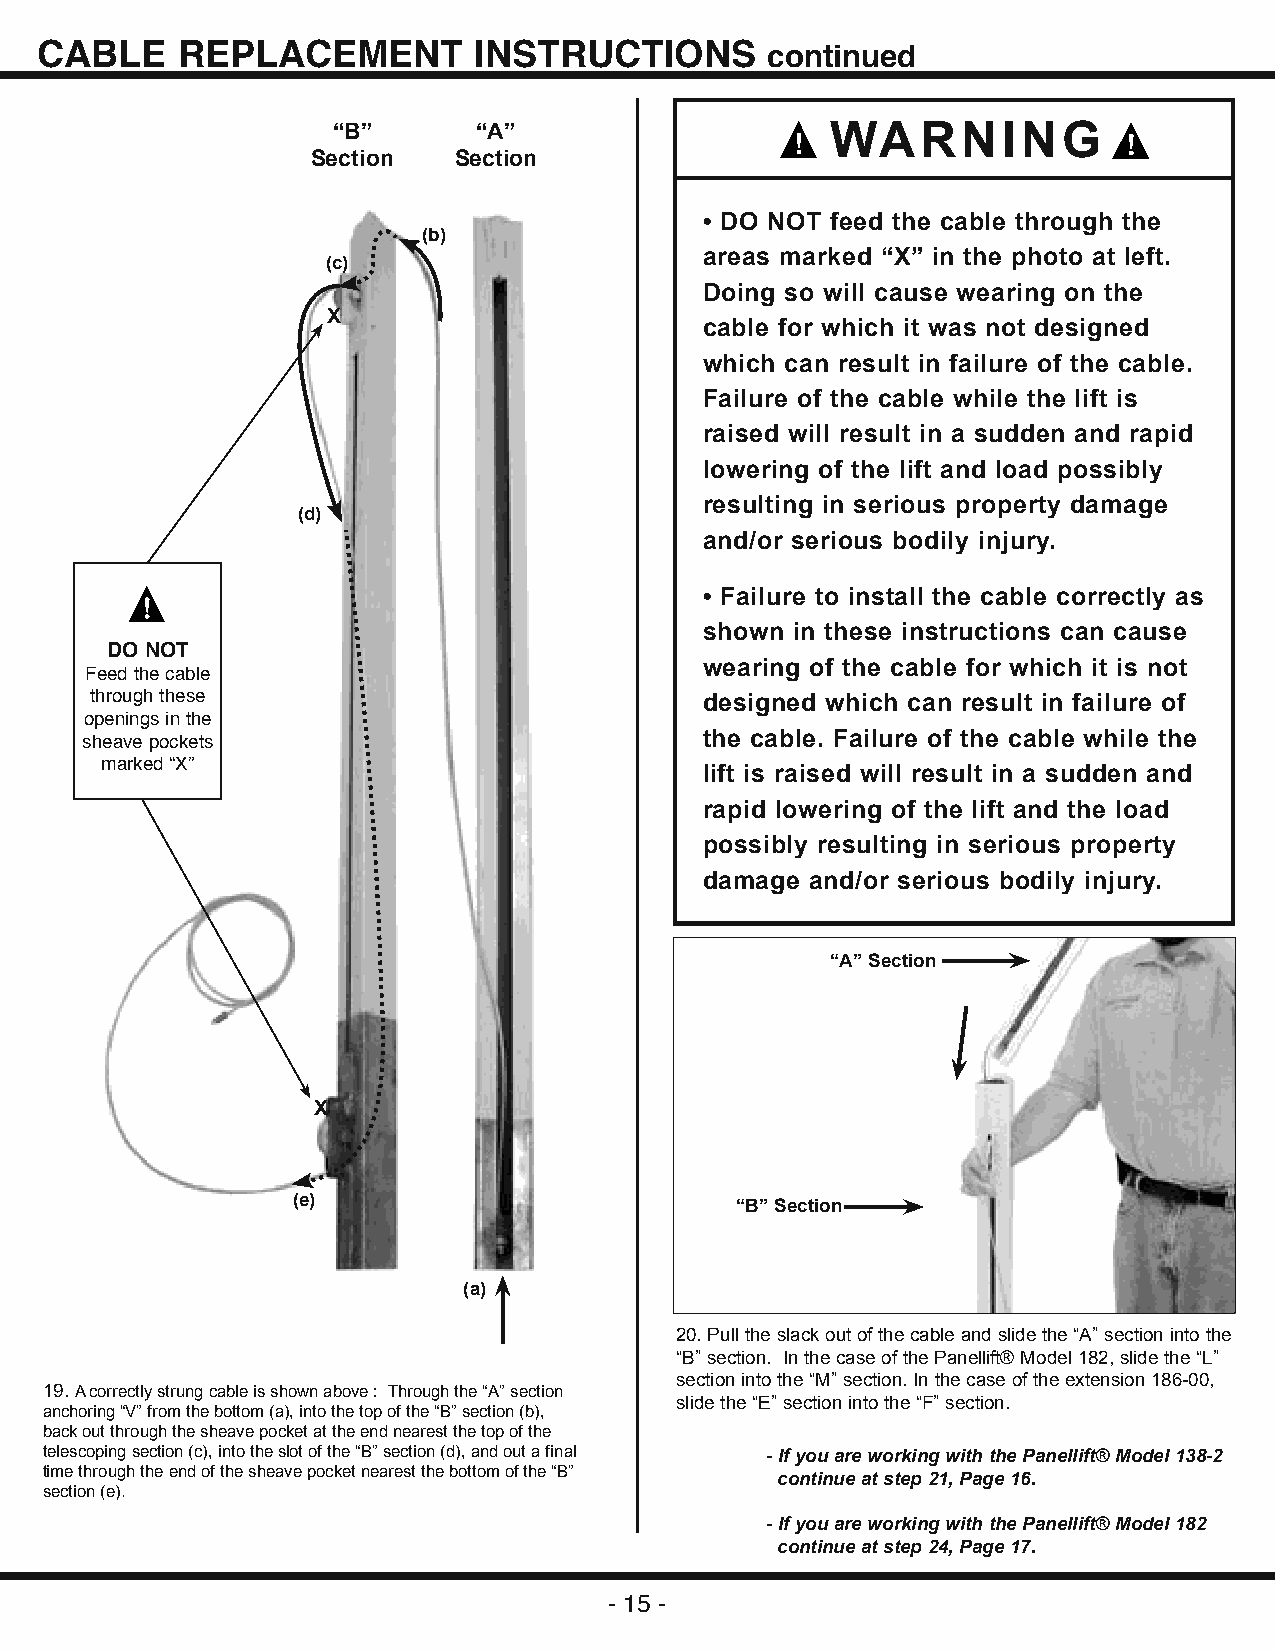
CABLE     REPLACEMENT        INSTRUCTIONS        continued
 “B”       “A”                    WARNING
 Section  Section
 • DO NOT feed the cable through the
 (b)
 areas marked “X” in the photo at left.
 (c)
 Doing so will cause wearing on the
 X
 cable for which it was not designed
 which can result in failure of the cable.
 Failure of the cable while the lift is
 raised will result in a sudden and rapid
 lowering of the lift and load possibly
 resulting in serious property damage
 (d)
 and/or serious bodily injury.
 • Failure to install the cable correctly as
 shown in these instructions can cause
 DO NOT
 wearing of the cable for which it is not
 Feed the cable
 through these                            designed which can result in failure of
 openings in the
 the cable. Failure of the cable while the
 sheave pockets
 marked “X”                              lift is raised will result in a sudden and
 rapid lowering of the lift and the load
 possibly resulting in serious property
 damage and/or serious bodily injury.
 “A” Section
 X
 (e)                           “B” Section
 (a)
 20. Pull the slack out of the cable and slide the “A” section into the
 “B” section. In the case of the Panellift® Model 182, slide the “L”
 section into the “M” section. In the case of the extension 186-00,
 19. A correctly strung cable is shown above : Through the “A” section
 slide the “E” section into the “F” section.
 anchoring “V” from the bottom (a), into the top of the “B” section (b),
 back out through the sheave pocket at the end nearest the top of the
 telescoping section (c), into the slot of the “B” section (d), and out a final - If you are working with the Panellift® Model 138-2
 time through the end of the sheave pocket nearest the bottom of the “B”
 continue at step 21, Page 16.
 section (e).
 - If you are working with the Panellift® Model 182
 continue at step 24, Page 17.
 - 15 -